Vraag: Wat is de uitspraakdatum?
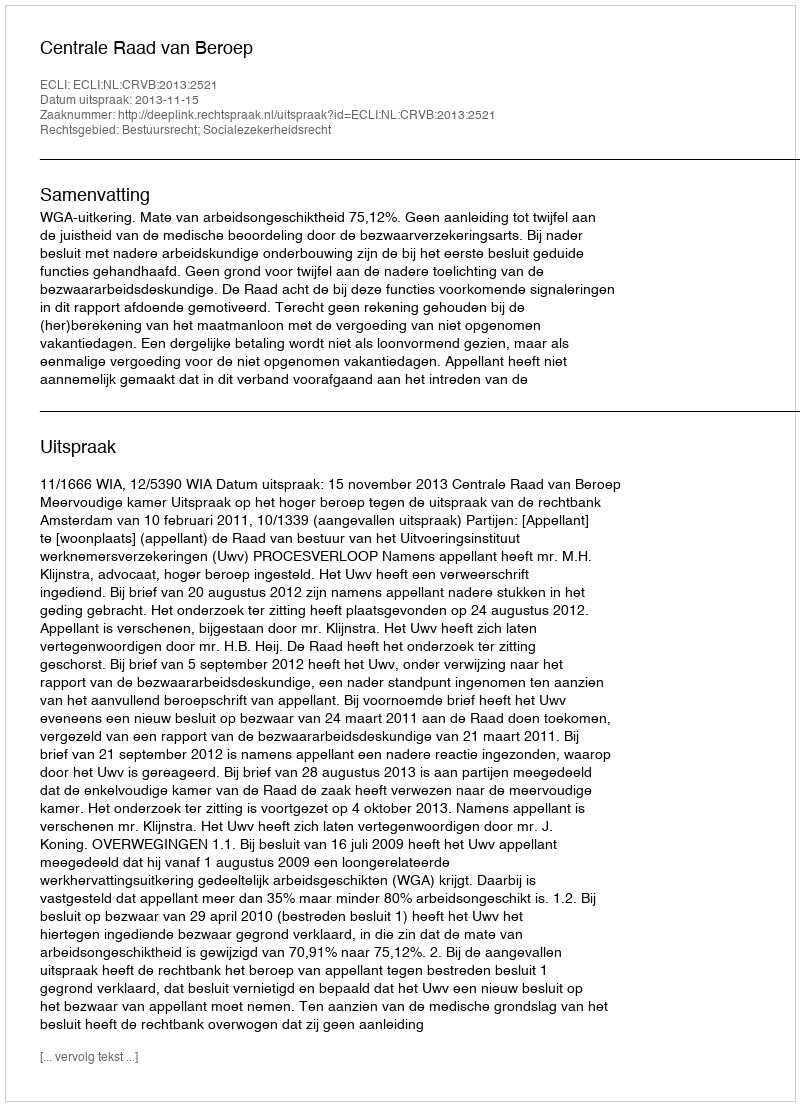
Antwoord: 2013-11-15